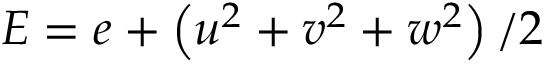
E = e + \left( u ^ { 2 } + v ^ { 2 } + w ^ { 2 } \right) / 2